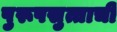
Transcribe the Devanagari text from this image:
पुरूषसुत्ताची